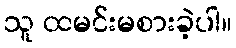
သူ ထမင်းမစားခဲ့ပါ။